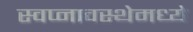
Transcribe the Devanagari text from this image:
स्वप्नावस्थेमध्ये